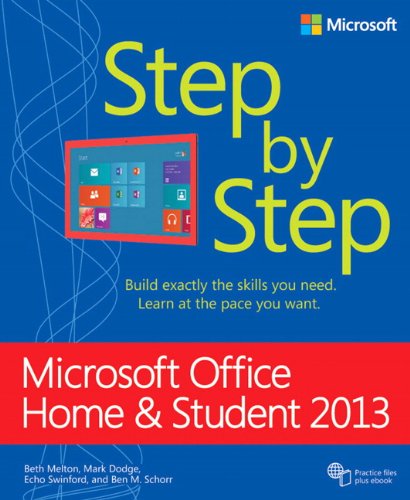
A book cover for Microsoft Office Home and Student 2013 Step by Step; Beth Melton; Computers & Technology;